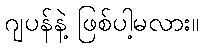
ဂျပန်နဲ့ ဖြစ်ပါ့မလား။